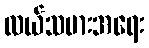
လယ်သမားအရေး